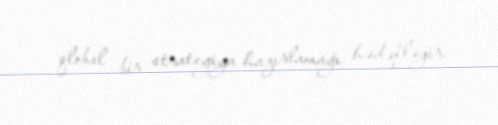
qlobal bir strategiya hazırlamağı hədəfləyir.